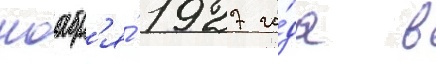
ноабр'я́ 1927 го́да в